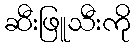
ဆီးဖြူသီးကို